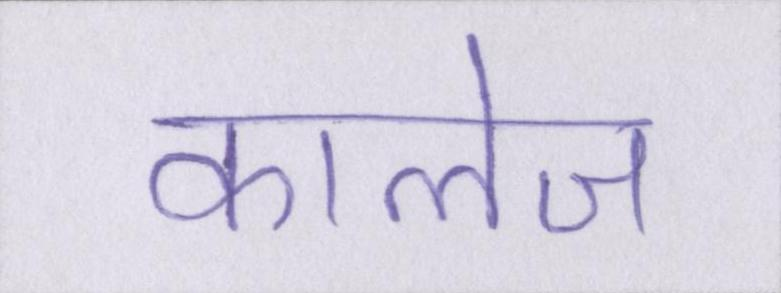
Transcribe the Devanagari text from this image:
कालेज